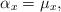
LaTeX: \begin{align*}\alpha_x=\mu_x,\end{align*}